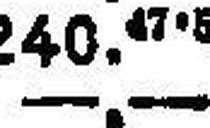
—.—